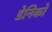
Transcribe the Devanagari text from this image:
डेनिको